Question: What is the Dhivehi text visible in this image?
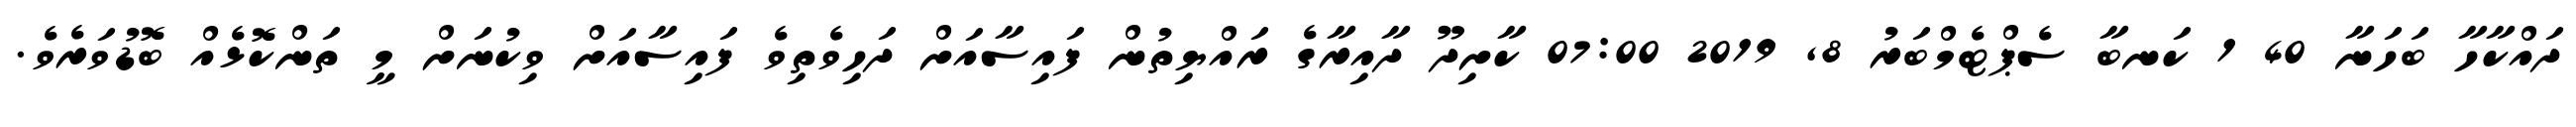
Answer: ދައްކާހާ ބަހަނާ 40 1 ކަނބާ ސެޕްޓެމްބަރު 8, 2019 07:00 ކާށިދޫ ދާއިރާގެ ރައްޔިތުން ފައިސާއަށް ދަހިވެތިވެ ފައިސާއަށް ވިކުނަށް މީ ތަންކޮޅެއް ބޮޑުވަރެވެ.